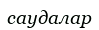
саудалар